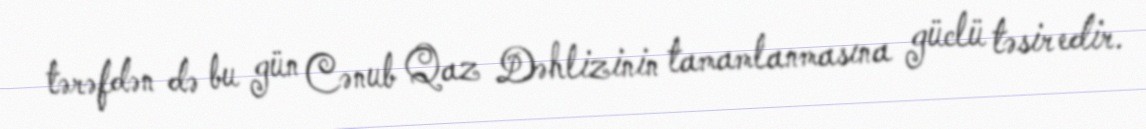
tərəfdən də bu gün Cənub Qaz Dəhlizinin tamamlanmasına güclü təsir edir.